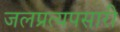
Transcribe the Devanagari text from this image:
जलप्रत्यपसारी